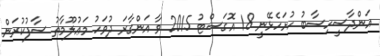
އަންދާސީހިސާބު ހުށަހެޅޭނީ 18 އޮގަސްޓު 2015 ވާ އަންގާރަ ދުވަހު މަޢުލޫމާތު ސާފުކުރަން